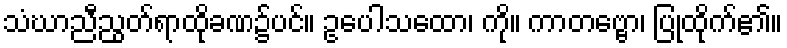
သံဃာညီညွတ်ရာထိုခဏ၌ပင်။ ဥပေါသထော၊ ကို။ ကာတဗ္ဗော၊ ပြုထိုက်၏။